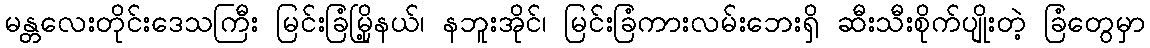
မန္တလေးတိုင်းဒေသကြီး မြင်းခြံမြို့နယ်၊ နဘူးအိုင်၊ မြင်းခြံကားလမ်းဘေးရှိ ဆီးသီးစိုက်ပျိုးတဲ့ ခြံတွေမှာ